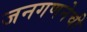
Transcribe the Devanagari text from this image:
जनगणनेची